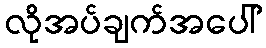
လိုအပ်ချက်အပေါ်